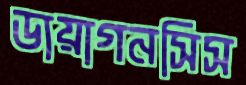
ডায়াগনসিস